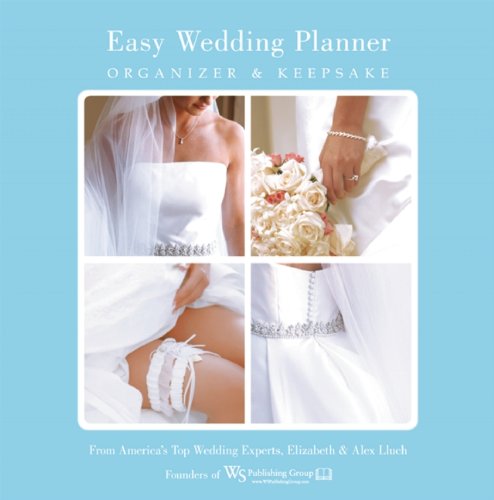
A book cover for Easy Wedding Planner, Organizer & Keepsake: Celebrating the Most Memorable Day of Your Life; Elizabeth Lluch; Crafts, Hobbies & Home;